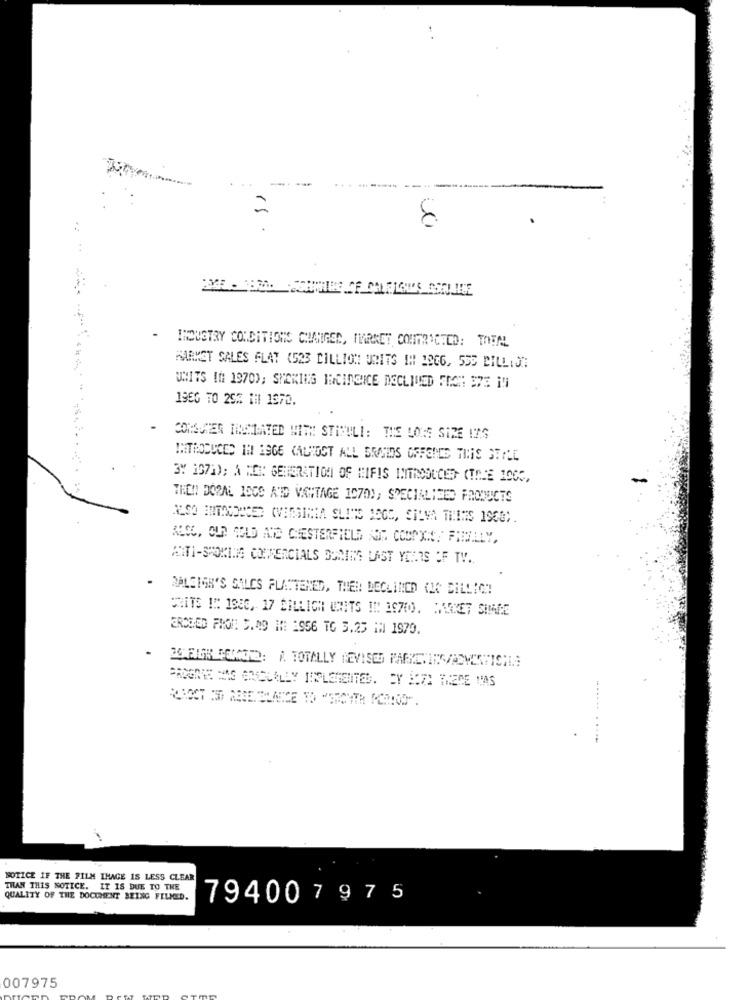
8
- INDUSTRY CONDITIONS CHANGED, MARKET CONTRACTED: TOTAL
MARKET SALES FLAT (523 BILLION URITS IH BSC6, 535 BILLIJ"
UNITS IN 1970); SHARING INCINDICE DECLINED FACH 37E IN
1960 TO 25% IHI 1370.
CONSUTER TIDSLAVED WITH STIMULI: THE LONE SIRE INS
3% 1971); A MEX: GENERATION OF HIFIS INTRODUCED (TOJE 1005,
THEN DORAL IOCS ATD VANTAGE 10701; SPECIALIZED PRODUCTS
ALSO, OUR GOLD ATS CHESTERFIELD SOT COOPXAS. FREVLLY,
ANTI-SMOKING COMMERCIALS DONING LAST YEARS OF TV ..
RALEIGH'S SALCS FLATTENED, THEN DECLINED CIC BILLIG!
CRITS IN: 1886, 17 CHLLICH UNITS IN 39700). HAKKET SIMRE
EROMED FROM C.AO IM: 1956 TO 3.25 MM 1970.
PROGRES NAG GICCLALEY IMPLEMENTED. CY BOZI THERE HAS
NOTICE IF THE FILM IMAGE IS LESS CLEAR
THAN THIS NOTICE. IT IS DUE TO THE
QUALITY OF THE DOCUMENT BEING FILMED.
794007975
007975